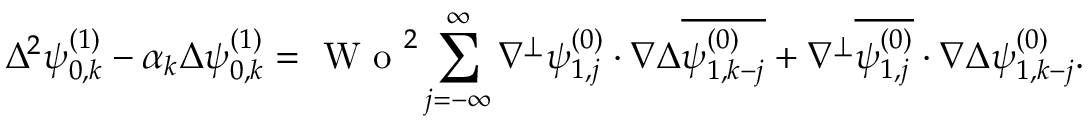
\Delta ^ { 2 } \psi _ { 0 , k } ^ { ( 1 ) } - \alpha _ { k } \Delta \psi _ { 0 , k } ^ { ( 1 ) } = \textrm { W o } ^ { 2 } \sum _ { j = - \infty } ^ { \infty } \nabla ^ { \perp } \psi _ { 1 , j } ^ { ( 0 ) } \cdot \nabla \Delta \overline { { \psi _ { 1 , k - j } ^ { ( 0 ) } } } + \nabla ^ { \perp } \overline { { \psi _ { 1 , j } ^ { ( 0 ) } } } \cdot \nabla \Delta \psi _ { 1 , k - j } ^ { ( 0 ) } .